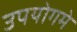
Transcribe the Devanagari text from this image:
उपयोगमे